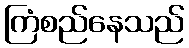
ကြံစည်နေသည်